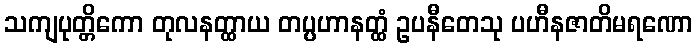
သကျပုတ္တိကော တုလနတ္ထာယ တပ္ပဟာနတ္ထံ ဥပနီတေသု ပဟီနဇာတိမရဏော